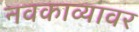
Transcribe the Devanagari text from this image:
नवकाव्यावर